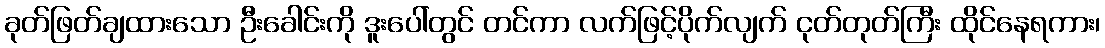
ခုတ်ဖြတ်ချထားသော ဦးခေါင်းကို ဒူးပေါ်တွင် တင်ကာ လက်ဖြင့်ပိုက်လျက် ငုတ်တုတ်ကြီး ထိုင်နေရကား၊